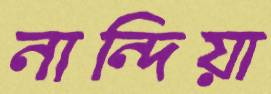
নান্দিয়া